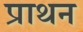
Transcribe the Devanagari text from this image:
प्राथन